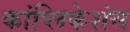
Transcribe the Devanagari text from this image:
कांप्लिकेशंस